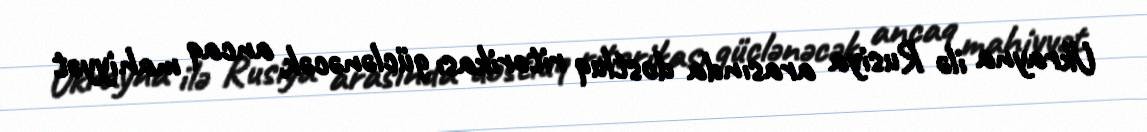
Ukrayna ilə Rusiya arasında dostluq ritorikası güclənəcək, ancaq mahiyyət